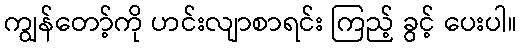
ကျွန်တော့်ကို ဟင်းလျာစာရင်း ကြည့် ခွင့် ပေးပါ။